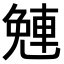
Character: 𨌜